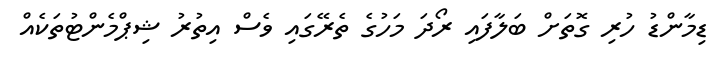
ޑިމާންޑު ހުރި ގޮތަށް ބަލާފައި ރޯދަ މަހުގެ ތެރޭގައި ވެސް އިތުރު ޝިޕްމެންޓުތަކެއް